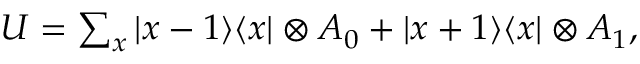
\begin{array} { r } { U = \sum _ { x } | x - 1 \rangle \langle x | \otimes A _ { 0 } + | x + 1 \rangle \langle x | \otimes A _ { 1 } , } \end{array}